Report on malaria in the Punjab during the year ...  together with an account of the work of the Punjab Malaria Bureau - Volume 3
Disease focus: Malaria
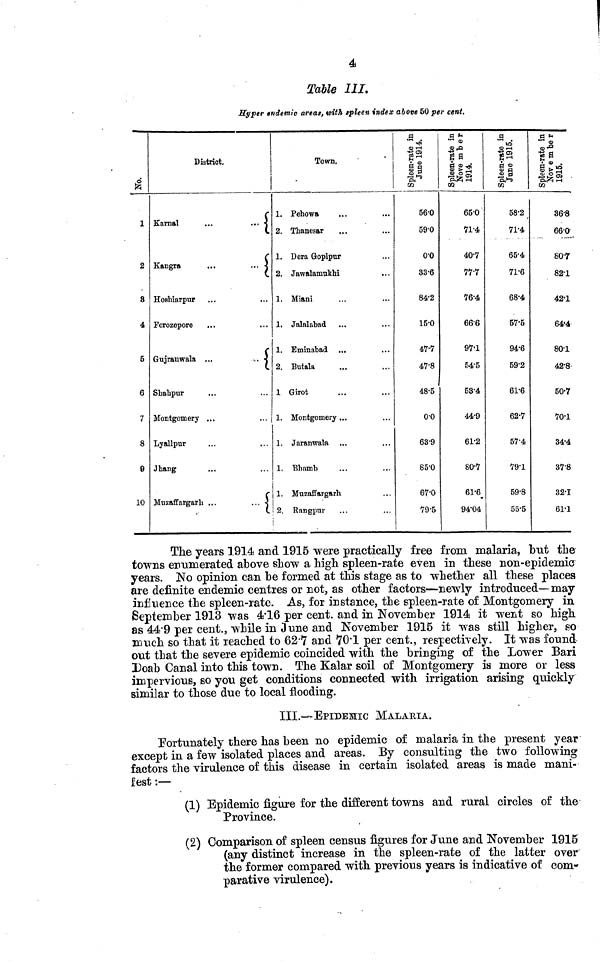
4
Table III.
Hyper endemic areas, with spleen index above 50 per cent.
No.
1
2
3
4
5
6
7
8
9
10
District.
Karnal
...
...
Kangra
...
...
Hoshiarpur
Ferozepore
Gujranwala ...
Shahpur
Montgomery ...
...
Lyallpur
Jhang
Muzaffargarh ...
Town.
1. Pehowa
2. Thanesar
1. Dera Gopipur
2. Jawalanmkhi
1. Miani
1. Jalalabad
1. Eminabad
2. Butala
1 Girot
1. Montgomery...
1. Jaranwala
1. Bhamb
1. Muzaffargarh
2. Bangpur
Spleen-rate in June 1914.
56.0
59.0
0.0
33.6
84.2
15.0
47.7
47.8
48.D
0.0
63.9
85.0
67.0
79.5
Spleen-rate in Nov
65.0
71.4
40.7
77.7
76.4
666
97.1
54.5
53.4
44.9
61.2
80.7
61.6
94.04
Spleen-rate in June 1915.
58.2
71.4
65.4
71.6
68.4
57.5
94.6
59.2
61.6
62.7
57.4
79.1
59.8
55.5
Spleen-rate Novem
36.8
66.0
80.7
82.1
42.1
64.4
80.1
42.8
50.7
70.1
34.4
378
32.1
61.1
The years 1914 and 1915 were practically free from malaria, but the
towns enumerated above show a high spleen-rate even in these non-epidemic
years. No opinion can be formed at this stage as to whether all these places
are definite endemic centres or not, as other factors—newly introduced— may
influence the spleen-rate. As, for instance, the spleen-rate of Montgomery in
September 1913 was 4.16 per cent, and in November 1914 it went so high
as 44.9 per cent., while in June and November 1915 it was still higher, so
much so that it reached to 62.7 and 70.1 per cent., respectively. It was found
out that the severe epidemic coincided with the bringing of the Lower Bari
Doab Canal into this town. The Kalar soil of Montgomery is more or less
impervious, so you get conditions connected with irrigation arising quickly
similar to those due to local flooding.
III.—EPIDEMIC MALARIA.
Fortunately there has been no epidemic of malaria in the present year
except in a few isolated places and areas. By consulting the two following
factors the virulence of this disease in certain isolated areas is made mani-
fest :—
(1) Epidemic figure for the different towns and rural circles of the
Province.
(2) Comparison of spleen census figures for June and November 1915
(any distinct increase in the spleen-rate of the latter over
the former compared with previous years is indicative of com-
parative virulence).